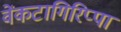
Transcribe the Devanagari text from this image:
वेंकटागिरिप्पा